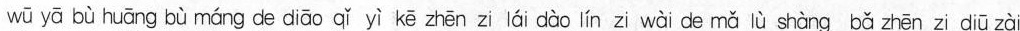
wū yā bù huāng bù máng de diāo qǐ yì kē zhēn zi lái dào lín zi wài de mǎ lù shàng bǎ zhēn zi diū zài